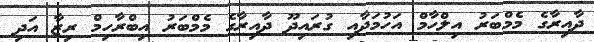
ދާއިރާގެ މެމްބަރު އިލްހާމް އަހުމަދާއި ގުރައިދޫ ދާއިރާގެ މެމްބަރު އިބްރާހިމް ރިޒާ އަދި